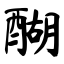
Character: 醐